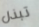
تبذل